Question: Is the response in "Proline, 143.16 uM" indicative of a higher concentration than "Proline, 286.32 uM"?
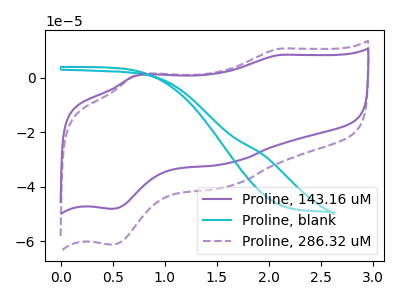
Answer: <think>The purple curve "Proline, 143.16 uM" has anodic peaks at (2.10V, 8.40uA) (0.75V, 0.85uA) and cathodic peaks at (1.60V, -31.40uA) (0.50V, -48.10uA). The cyan curve "Proline, blank" has no peaks. The purple dashed curve "Proline, 286.32 uM" has anodic peaks at (2.10V, 10.70uA) (0.75V, 1.10uA) and cathodic peaks at (1.60V, -39.95uA) (0.50V, -61.25uA).
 All the peaks in "Proline, 143.16 uM" have a peak in "Proline, 286.32 uM" at the same potential. Every peak in "Proline, 143.16 uM" is lower than every peak in "Proline, 286.32 uM".</think>
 <answer>"Proline, 143.16 uM" has less signal than "Proline, 286.32 uM".</answer>
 <eval>less_signal</eval>